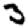
Digit: 3